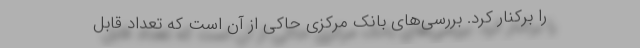
را برکنار کرد. بررسی‌های بانک مرکزی حاکی از آن است که تعداد قابل